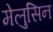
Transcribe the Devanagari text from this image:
मेलुसिन